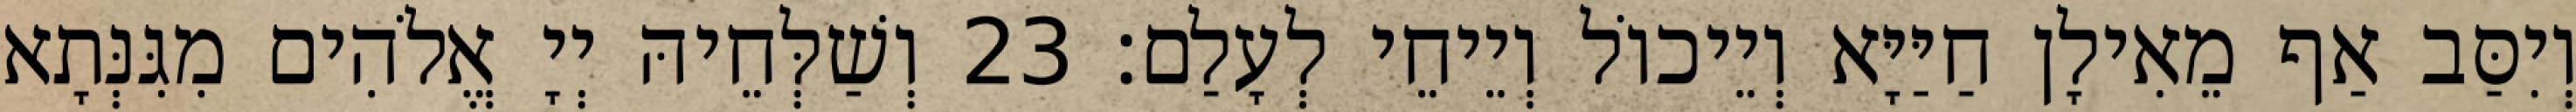
וְיִסַּב אַף מֵאִילָן חַיַּיָּא וְיֵיכוֹל וְיֵיחֵי לְעָלַם׃ 23 וְשַׁלְּחֵיהּ יְיָ אֱלֹהִים מִגִּנְּתָא